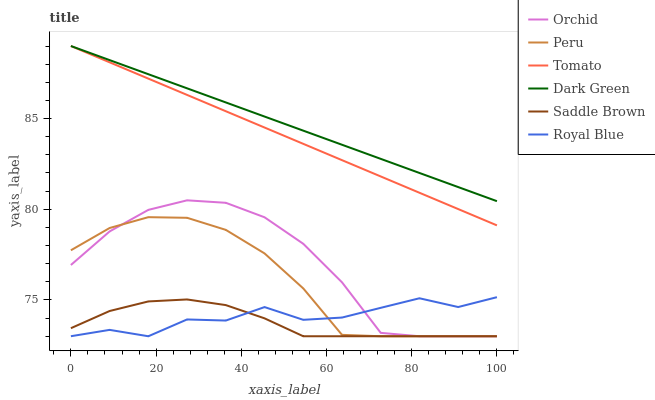
| xaxis_label | Orchid | Peru | Tomato | Dark Green | Saddle Brown | Royal Blue |
 | --- | --- | --- | --- | --- | --- | --- |
 | 0 | 76.9 | 77.7 | 89 | 89 | 73.4 | 73 |
 | 9.09 | 78.8 | 79 | 88.1 | 88.2 | 74.4 | 73.4 |
 | 18.2 | 80 | 79.6 | 87.2 | 87.4 | 74.9 | 73 |
 | 27.3 | 80.5 | 79.5 | 86.3 | 86.7 | 75 | 73.9 |
 | 36.4 | 80.4 | 78.9 | 85.4 | 85.9 | 74.7 | 73.9 |
 | 45.5 | 79.6 | 77.6 | 84.5 | 85.1 | 74 | 74.6 |
 | 54.5 | 78.1 | 75.6 | 83.6 | 84.3 | 73 | 73.9 |
 | 63.6 | 76 | 73.1 | 82.7 | 83.6 | 73 | 74 |
 | 72.7 | 73.2 | 73 | 81.8 | 82.8 | 73 | 74.6 |
 | 81.8 | 73 | 73 | 80.9 | 82 | 73 | 75.1 |
 | 90.9 | 73 | 73 | 80 | 81.2 | 73 | 74.6 |
 | 100 | 73 | 73 | 79.1 | 80.4 | 73 | 75.2 |